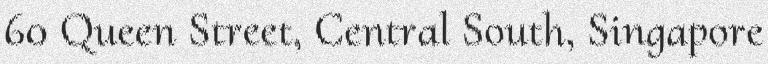
60 Queen Street, Central South, Singapore